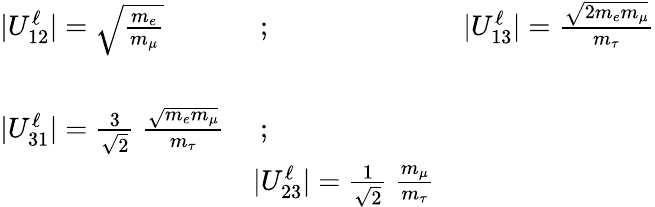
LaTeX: \begin{array}{lll}{{|U_{12}^{\ell}|=\sqrt{{\frac{m_{e}}{m_{\mu}}}}}}&{{\ ;\ \ \ }}&{{|U_{13}^{\ell}|={\frac{\sqrt{2m_{e}m_{\mu}}}{m_{\tau}}}}}\\ {{}}&{{}}&{{}}\\ {{|U_{31}^{\ell}|={\frac 3{\sqrt{2}}\ \frac{\sqrt{m_{e}m_{\mu}}}{m_{\tau}}}}}&{{\ ;}}\\ {{\ }}&{{|U_{23}^{\ell}|={\frac 1{\sqrt{2}}\ }{\frac{m_{\mu}}{m_{\tau}}}}}\end{array}